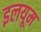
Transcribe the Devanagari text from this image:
इलयूम